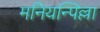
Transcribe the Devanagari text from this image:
मनियन्पिल्ला